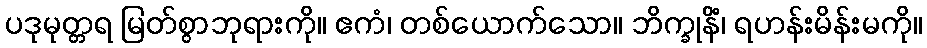
ပဒုမုတ္တရ မြတ်စွာဘုရားကို။ ဧကံ၊ တစ်ယောက်သော။ ဘိက္ခုနိံ၊ ရဟန်းမိန်းမကို။